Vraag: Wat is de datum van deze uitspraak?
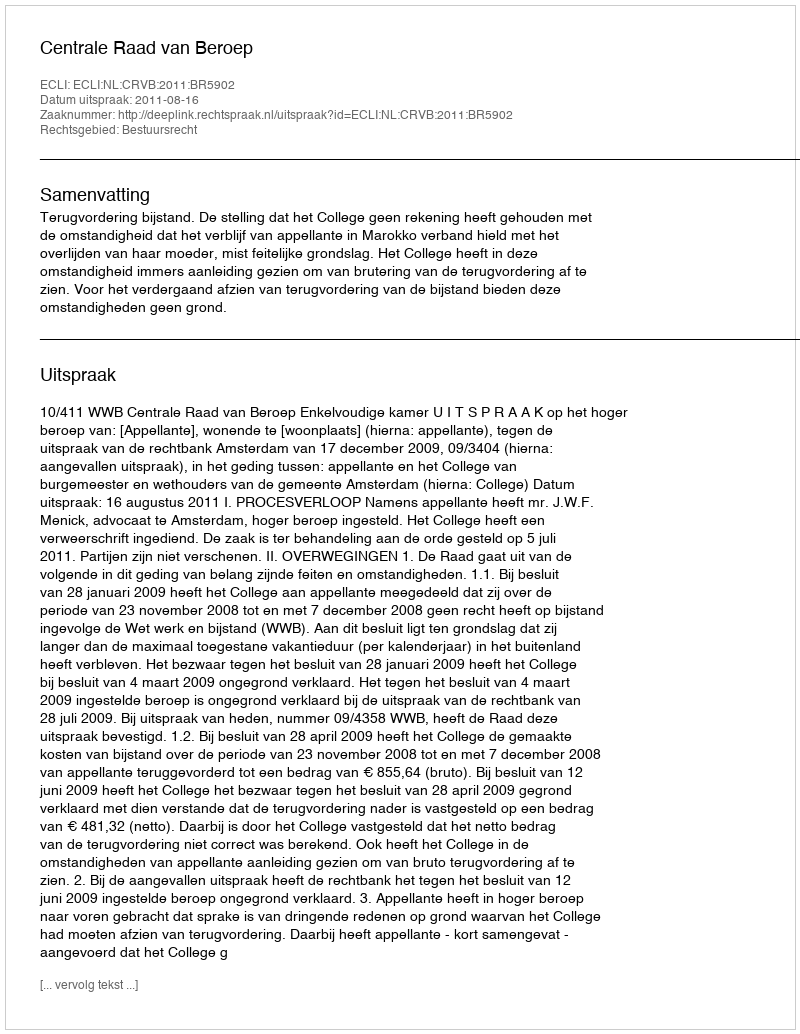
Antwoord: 2011-08-16